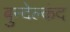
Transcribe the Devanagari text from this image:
बुन्देल्कंद